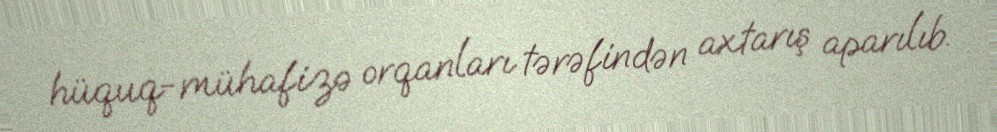
hüquq-mühafizə orqanları tərəfindən axtarış aparılıb.